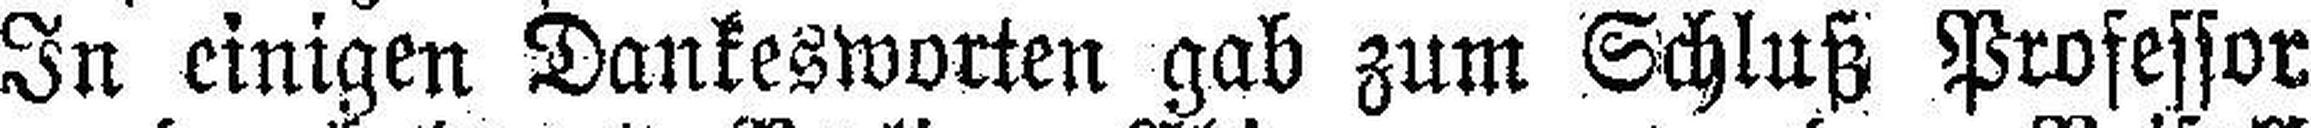
In einigen Dankesworten gab zum Schluß Professor